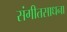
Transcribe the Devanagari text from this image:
संगीतसाधना